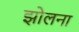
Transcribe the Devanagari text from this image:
झोलना